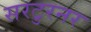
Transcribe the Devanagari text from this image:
सरटुरनर